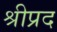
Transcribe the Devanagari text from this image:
श्रीप्रद